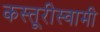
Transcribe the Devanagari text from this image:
कस्तूरीस्वामी